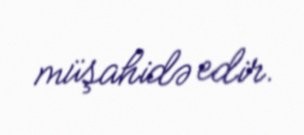
müşahidə edir.